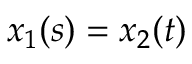
x _ { 1 } ( s ) = x _ { 2 } ( t )